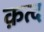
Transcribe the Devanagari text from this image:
क़त्द